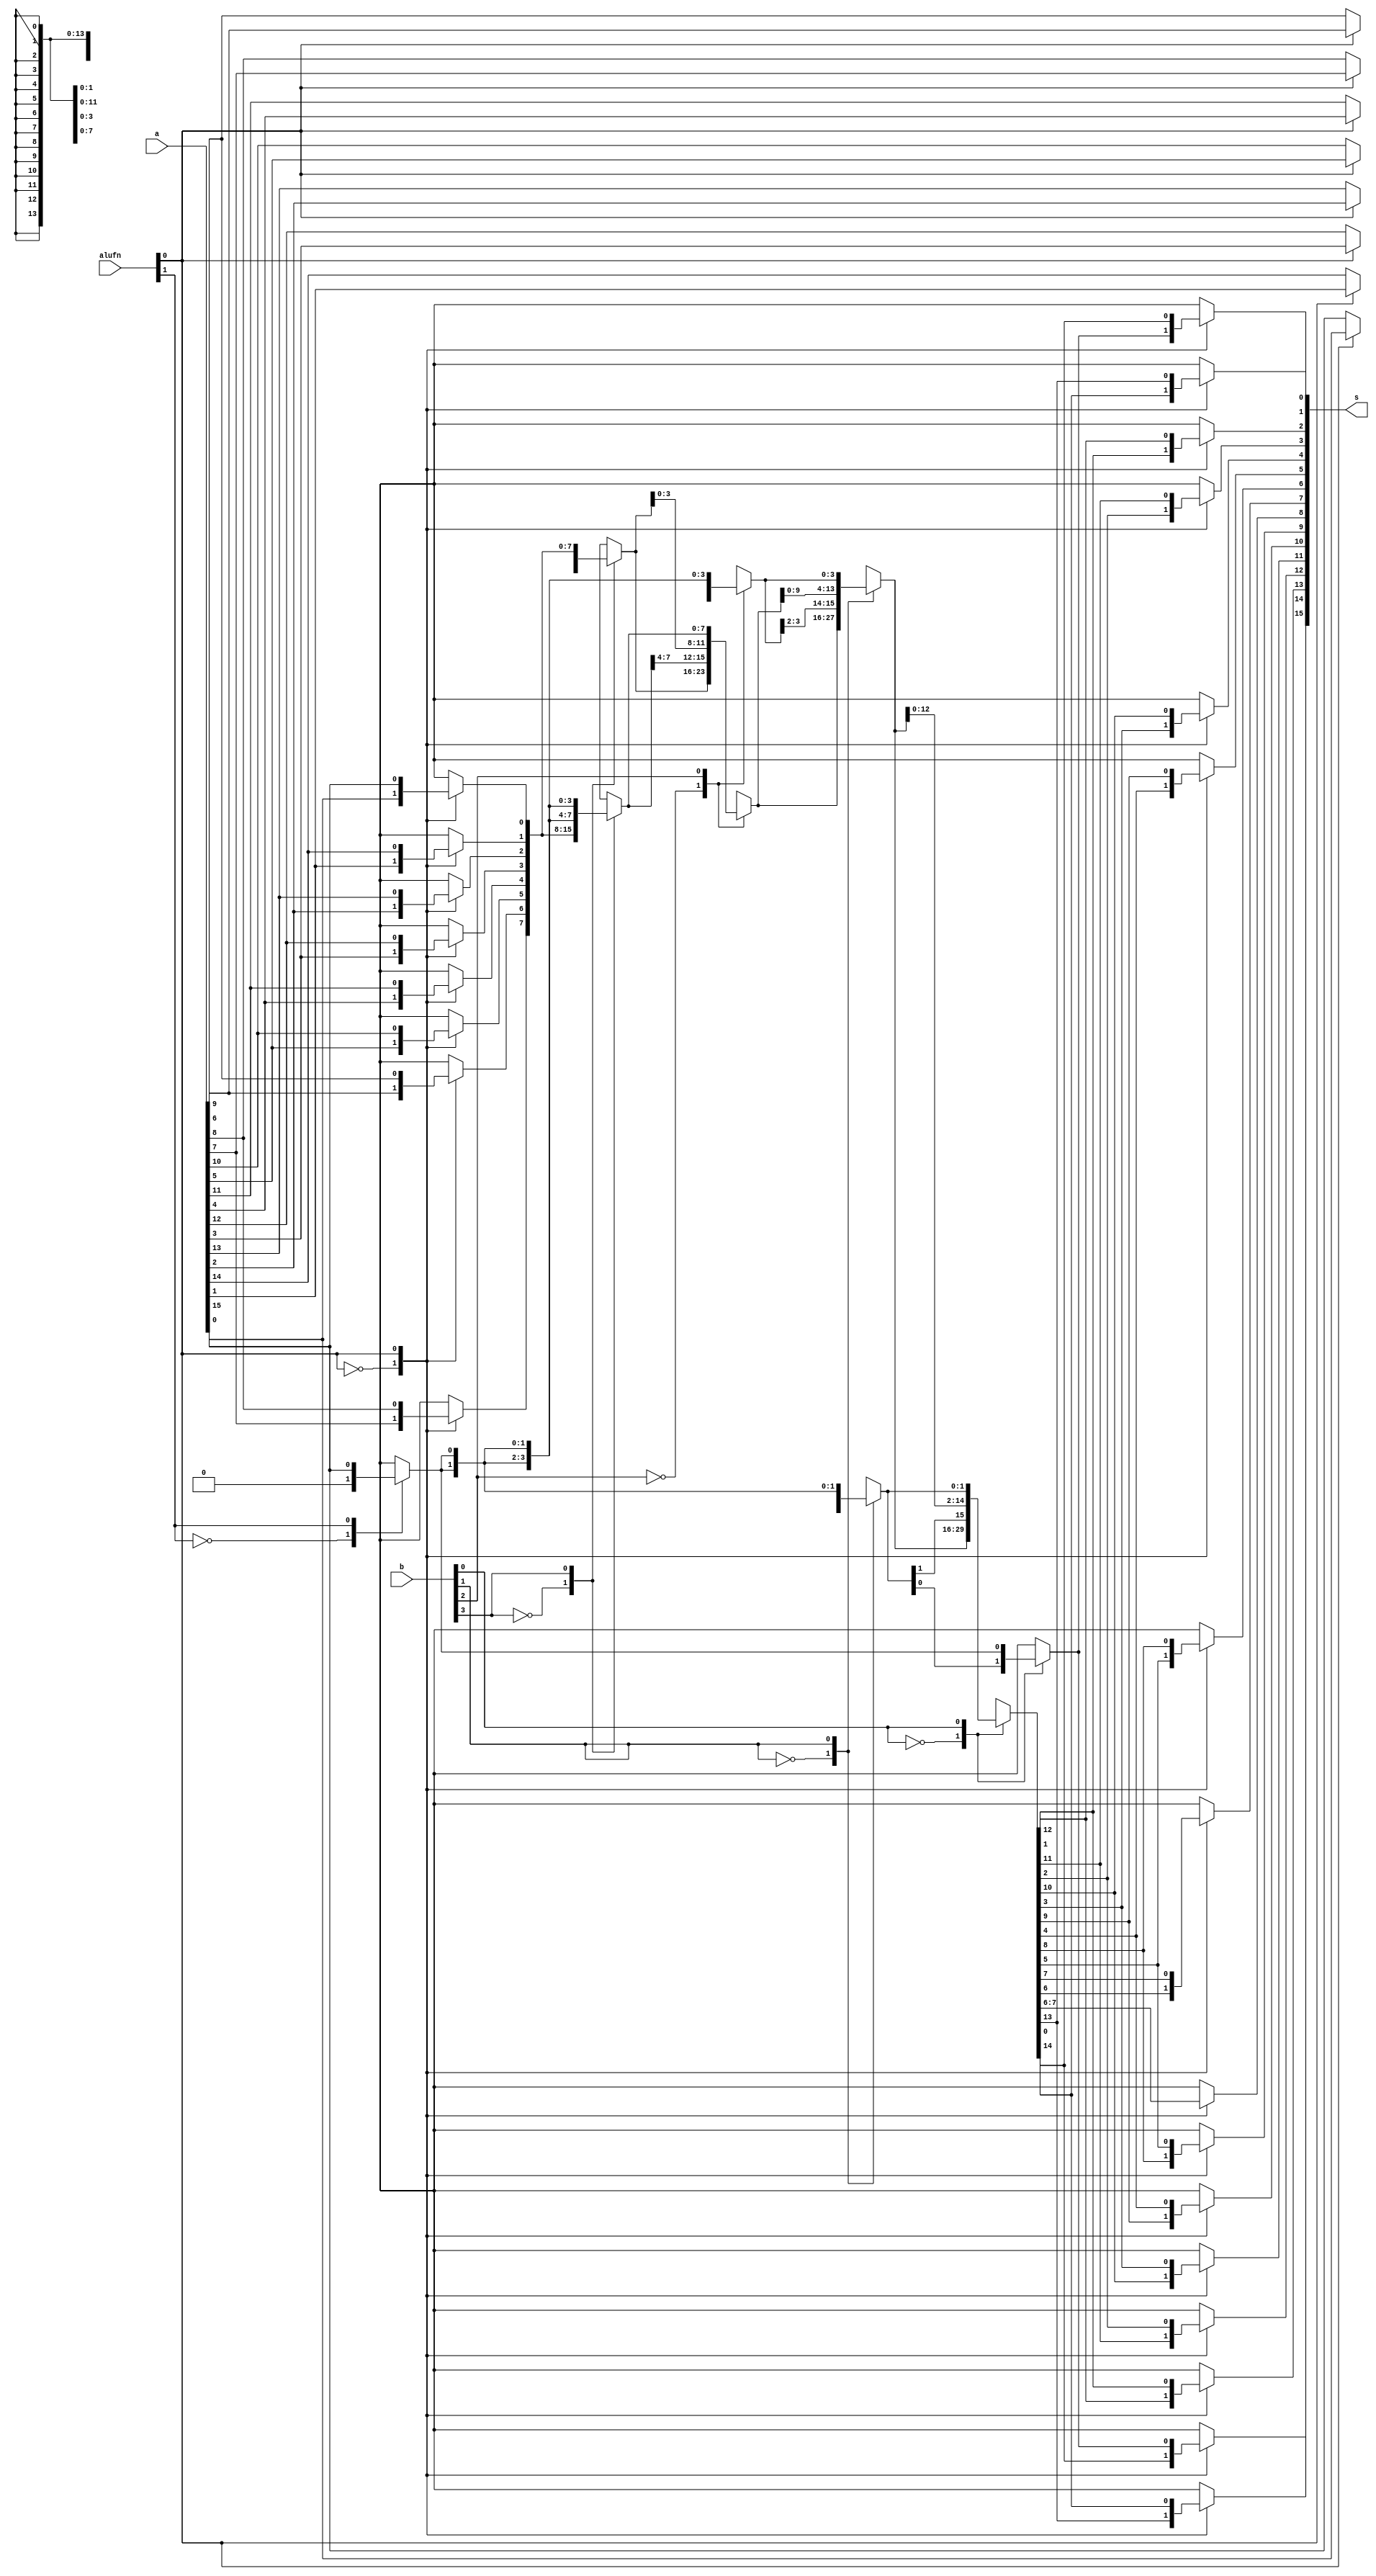
/*
   This file was generated automatically by Alchitry Labs version 1.2.1.
   Do not edit this file directly. Instead edit the original Lucid source.
   This is a temporary file and any changes made to it will be destroyed.
*/

module shifter_26 (
    input [5:0] alufn,
    input [15:0] a,
    input [15:0] b,
    output reg [15:0] s
  );
  
  
  
  reg [15:0] x;
  
  reg [15:0] y;
  
  reg [15:0] z;
  
  reg [15:0] a_inv;
  
  reg [15:0] a_inv2;
  
  reg msb;
  
  integer i;
  
  always @* begin
    
    case (alufn[0+0-:1])
      1'h0: begin
        a_inv = a;
      end
      1'h1: begin
        for (i = 1'h0; i < 5'h10; i = i + 1) begin
          a_inv[(4'hf - i)*1+0-:1] = a[(i)*1+0-:1];
        end
      end
      default: begin
        a_inv = a;
      end
    endcase
    
    case (alufn[1+0-:1])
      1'h0: begin
        msb = 1'h0;
      end
      1'h1: begin
        msb = a[15+0-:1];
      end
      default: begin
        msb = 1'h0;
      end
    endcase
    
    case (b[3+0-:1])
      1'h0: begin
        x = a_inv;
      end
      1'h1: begin
        x[8+7-:8] = a_inv[0+7-:8];
        x[0+7-:8] = {4'h8{msb}};
      end
      default: begin
        x = a_inv;
      end
    endcase
    
    case (b[2+0-:1])
      1'h0: begin
        y = x;
      end
      1'h1: begin
        y[4+11-:12] = x[0+11-:12];
        y[0+3-:4] = {3'h4{msb}};
      end
      default: begin
        y = x;
      end
    endcase
    
    case (b[1+0-:1])
      1'h0: begin
        z = y;
      end
      1'h1: begin
        z[2+13-:14] = y[0+13-:14];
        z[0+1-:2] = {2'h2{msb}};
      end
      default: begin
        z = y;
      end
    endcase
    
    case (b[0+0-:1])
      1'h0: begin
        a_inv2 = z;
      end
      1'h1: begin
        a_inv2[1+14-:15] = z[0+14-:15];
        a_inv2[0+0-:1] = msb;
      end
      default: begin
        a_inv2 = z;
      end
    endcase
    
    case (alufn[0+0-:1])
      1'h0: begin
        s = a_inv2;
      end
      1'h1: begin
        for (i = 1'h0; i < 5'h10; i = i + 1) begin
          s[(4'hf - i)*1+0-:1] = a_inv2[(i)*1+0-:1];
        end
      end
      default: begin
        s = a_inv2;
      end
    endcase
  end
endmodule